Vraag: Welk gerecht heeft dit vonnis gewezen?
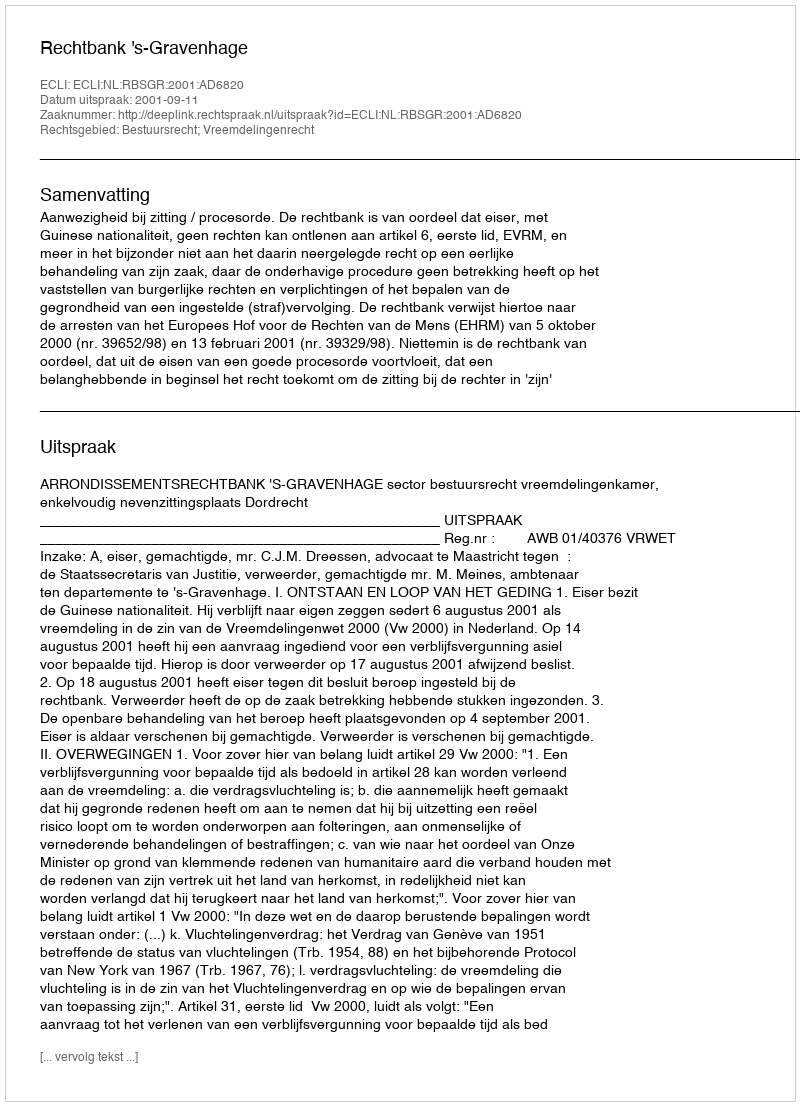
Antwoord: Rechtbank 's-Gravenhage